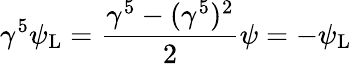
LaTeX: \gamma^{5}\psi_{\mathrm{{L}}}={\frac{\gamma^{5}-(\gamma^{5})^{2}}{2}}\psi=-\psi_{\mathrm{{L}}}